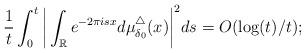
LaTeX: \begin{align*}\frac{1}{t} \int_0^t \bigg|\int_{\mathbb{R}} e^{-2\pi isx} d\mu_{\delta_0}^{\triangle}(x)\bigg|^2 ds=O(\log(t)/t);\end{align*}